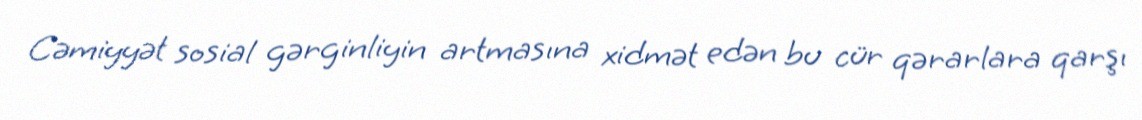
Cəmiyyət sosial gərginliyin artmasına xidmət edən bu cür qərarlara qarşı